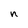
Character: n